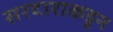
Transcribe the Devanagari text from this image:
सरदाराकडून